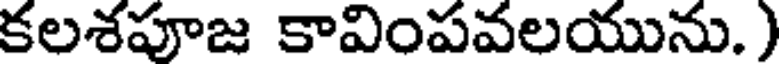
కలశపూజ కావింపవలయును. )